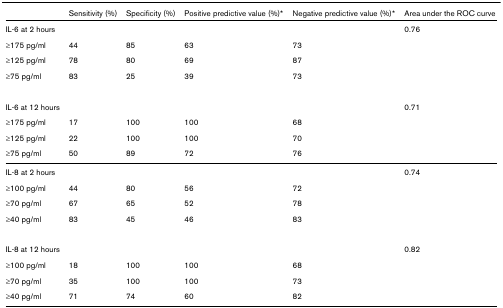
|  | Sensitivity (%) | Specificity (%) | Positive predictive value (%)* | Negative predictive value (%)* | Area under the ROC curve |
 | --- | --- | --- | --- | --- | --- |
 | IL-6 at 2 hours |  |  |  |  | 0.76 |
 | ≥175 pg/ml | 44 | 85 | 63 | 73 |  |
 | ≥125 pg/ml | 78 | 80 | 69 | 87 |  |
 | ≥75 pg/ml | 83 | 25 | 39 | 73 |  |
 | IL-6 at 12 hours |  |  |  |  | 0.71 |
 | ≥175 pg/ml | 17 | 100 | 100 | 68 |  |
 | ≥125 pg/ml | 22 | 100 | 100 | 70 |  |
 | ≥75 pg/ml | 50 | 89 | 72 | 76 |  |
 | IL-8 at 2 hours |  |  |  |  | 0.74 |
 | ≥100 pg/ml | 44 | 80 | 56 | 72 |  |
 | ≥70 pg/ml | 67 | 65 | 52 | 78 |  |
 | ≥40 pg/ml | 83 | 45 | 46 | 83 |  |
 | IL-8 at 12 hours |  |  |  |  | 0.82 |
 | ≥100 pg/ml | 18 | 100 | 100 | 68 |  |
 | ≥70 pg/ml | 35 | 100 | 100 | 73 |  |
 | ≥40 pg/ml | 71 | 74 | 60 | 82 |  |